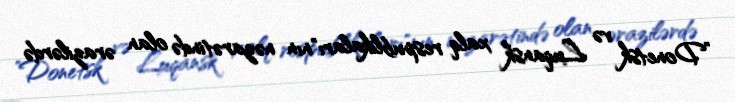
”Donetsk və Luqansk xalq respublikaları"nın nəzarətində olan ərazilərdə